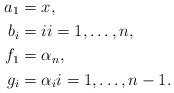
LaTeX: \begin{align*}a_1 &= x,\\ b_i &= i i = 1, \ldots , n,\\ f_1 &= \alpha_n, \\ g_i &= \alpha_i i = 1, \ldots , n-1.\end{align*}